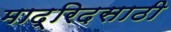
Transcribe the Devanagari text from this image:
माद्रिदसाठी